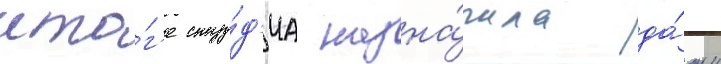
ито́г'е сту́д'иа назна́чила да́ту